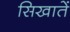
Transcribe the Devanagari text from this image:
सिखातें